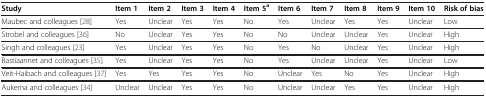
<table><thead><tr><td><b>Study</b></td><td><b>Item 1</b></td><td><b>Item 2</b></td><td><b>Item 3</b></td><td><b>Item 4</b></td><td><b>Item 5<sup>a</sup></b></td><td><b>Item 6</b></td><td><b>Item 7</b></td><td><b>Item 8</b></td><td><b>Item 9</b></td><td><b>Item 10</b></td><td><b>Risk of bias</b></td></tr></thead><tbody><tr><td>Maubec and colleagues [28]</td><td>Yes</td><td>Unclear</td><td>Yes</td><td>Yes</td><td>No</td><td>Yes</td><td>Unclear</td><td>Yes</td><td>Yes</td><td>Unclear</td><td>Low</td></tr><tr><td>Strobel and colleagues [36]</td><td>No</td><td>Unclear</td><td>Yes</td><td>Yes</td><td>No</td><td>No</td><td>Unclear</td><td>Unclear</td><td>Yes</td><td>Unclear</td><td>High</td></tr><tr><td>Singh and colleagues [23]</td><td>Yes</td><td>Unclear</td><td>Yes</td><td>Yes</td><td>No</td><td>Yes</td><td>No</td><td>Unclear</td><td>Yes</td><td>Unclear</td><td>High</td></tr><tr><td>Bastiaannet and colleagues [35]</td><td>Yes</td><td>Unclear</td><td>Yes</td><td>Yes</td><td>No</td><td>Yes</td><td>Unclear</td><td>Unclear</td><td>Yes</td><td>Unclear</td><td>Low</td></tr><tr><td>Veit-Haibach and colleagues [37]</td><td>Yes</td><td>Yes</td><td>Yes</td><td>Yes</td><td>No</td><td>Unclear</td><td>Yes</td><td>No</td><td>Yes</td><td>Unclear</td><td>High</td></tr><tr><td>Aukema and colleagues [34]</td><td>Unclear</td><td>Unclear</td><td>Yes</td><td>Yes</td><td>No</td><td>Unclear</td><td>Unclear</td><td>Yes</td><td>Yes</td><td>Unclear</td><td>High</td></tr></tbody></table>